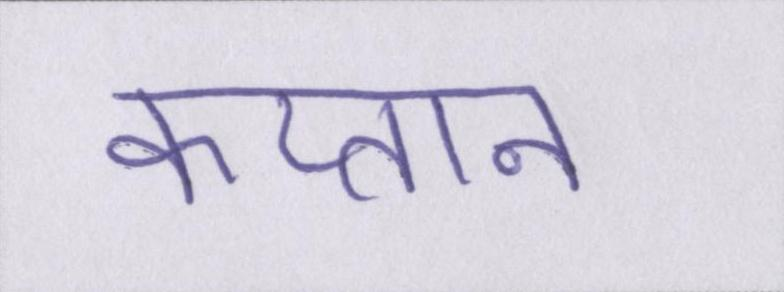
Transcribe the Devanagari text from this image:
कप्तान